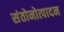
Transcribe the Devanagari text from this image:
संतोनोत्पादन